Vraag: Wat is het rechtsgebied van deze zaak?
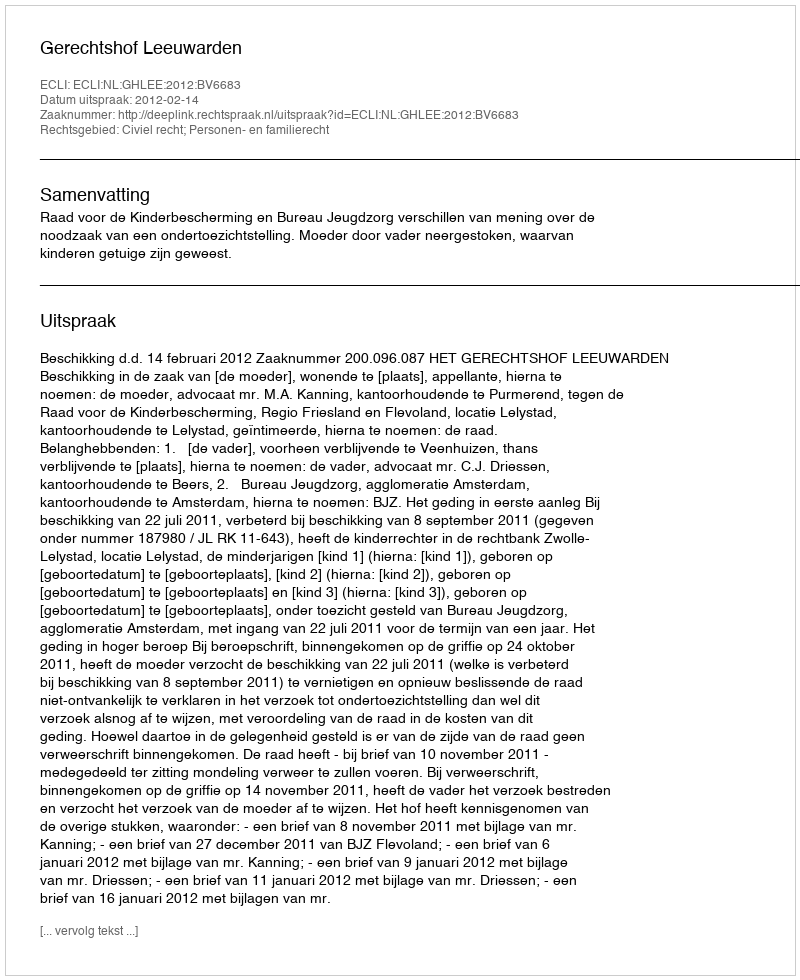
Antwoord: Civiel recht; Personen- en familierecht